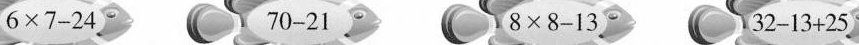
$$6 \times 7 - 2 4$$ $$7 0 - 2 1$$ $$8 \times 8 - 1 3$$ $$3 2 - 1 3 + 2 5$$